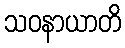
သဝနာယာတိ